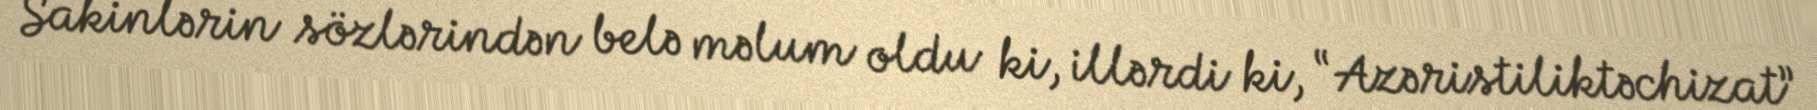
Sakinlərin sözlərindən belə məlum oldu ki, illərdi ki, “Azəristiliktəchizat”